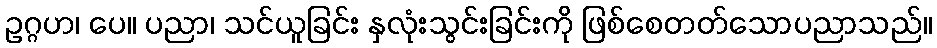
ဥဂ္ဂဟ၊ ပေ။ ပညာ၊ သင်ယူခြင်း နှလုံးသွင်းခြင်းကို ဖြစ်စေတတ်သောပညာသည်။